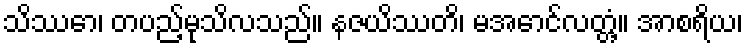
သိဿော၊ တပည့်မုသိလသည်။ နဇယိဿတိ၊ မအောင်လတ္တံ့။ အာစရိယ၊